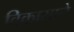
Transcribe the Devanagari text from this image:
विकासाने